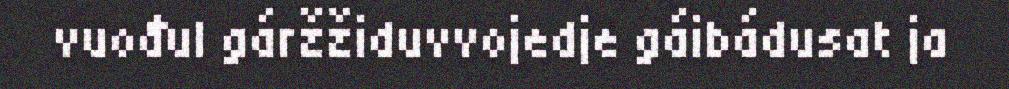
vuođul gáržžiduvvojedje gáibádusat ja